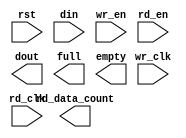
module vfifo64x1024(
  rst,
  wr_clk,
  rd_clk,
  din,
  wr_en,
  rd_en,
  dout,
  full,
  empty,
  rd_data_count
);

input rst;
input wr_clk;
input rd_clk;
input [63 : 0] din;
input wr_en;
input rd_en;
output [63 : 0] dout;
output full;
output empty;
output [10 : 0] rd_data_count;

// synthesis translate_off

  FIFO_GENERATOR_V9_3 #(
    .C_ADD_NGC_CONSTRAINT(0),
    .C_APPLICATION_TYPE_AXIS(0),
    .C_APPLICATION_TYPE_RACH(0),
    .C_APPLICATION_TYPE_RDCH(0),
    .C_APPLICATION_TYPE_WACH(0),
    .C_APPLICATION_TYPE_WDCH(0),
    .C_APPLICATION_TYPE_WRCH(0),
    .C_AXI_ADDR_WIDTH(32),
    .C_AXI_ARUSER_WIDTH(1),
    .C_AXI_AWUSER_WIDTH(1),
    .C_AXI_BUSER_WIDTH(1),
    .C_AXI_DATA_WIDTH(64),
    .C_AXI_ID_WIDTH(4),
    .C_AXI_RUSER_WIDTH(1),
    .C_AXI_TYPE(0),
    .C_AXI_WUSER_WIDTH(1),
    .C_AXIS_TDATA_WIDTH(64),
    .C_AXIS_TDEST_WIDTH(4),
    .C_AXIS_TID_WIDTH(8),
    .C_AXIS_TKEEP_WIDTH(4),
    .C_AXIS_TSTRB_WIDTH(4),
    .C_AXIS_TUSER_WIDTH(4),
    .C_AXIS_TYPE(0),
    .C_COMMON_CLOCK(0),
    .C_COUNT_TYPE(0),
    .C_DATA_COUNT_WIDTH(10),
    .C_DEFAULT_VALUE("BlankString"),
    .C_DIN_WIDTH(64),
    .C_DIN_WIDTH_AXIS(1),
    .C_DIN_WIDTH_RACH(32),
    .C_DIN_WIDTH_RDCH(64),
    .C_DIN_WIDTH_WACH(32),
    .C_DIN_WIDTH_WDCH(64),
    .C_DIN_WIDTH_WRCH(2),
    .C_DOUT_RST_VAL("0"),
    .C_DOUT_WIDTH(64),
    .C_ENABLE_RLOCS(0),
    .C_ENABLE_RST_SYNC(1),
    .C_ERROR_INJECTION_TYPE(0),
    .C_ERROR_INJECTION_TYPE_AXIS(0),
    .C_ERROR_INJECTION_TYPE_RACH(0),
    .C_ERROR_INJECTION_TYPE_RDCH(0),
    .C_ERROR_INJECTION_TYPE_WACH(0),
    .C_ERROR_INJECTION_TYPE_WDCH(0),
    .C_ERROR_INJECTION_TYPE_WRCH(0),
    .C_FAMILY("zynq"),
    .C_FULL_FLAGS_RST_VAL(1),
    .C_HAS_ALMOST_EMPTY(0),
    .C_HAS_ALMOST_FULL(0),
    .C_HAS_AXI_ARUSER(0),
    .C_HAS_AXI_AWUSER(0),
    .C_HAS_AXI_BUSER(0),
    .C_HAS_AXI_RD_CHANNEL(0),
    .C_HAS_AXI_RUSER(0),
    .C_HAS_AXI_WR_CHANNEL(0),
    .C_HAS_AXI_WUSER(0),
    .C_HAS_AXIS_TDATA(0),
    .C_HAS_AXIS_TDEST(0),
    .C_HAS_AXIS_TID(0),
    .C_HAS_AXIS_TKEEP(0),
    .C_HAS_AXIS_TLAST(0),
    .C_HAS_AXIS_TREADY(1),
    .C_HAS_AXIS_TSTRB(0),
    .C_HAS_AXIS_TUSER(0),
    .C_HAS_BACKUP(0),
    .C_HAS_DATA_COUNT(0),
    .C_HAS_DATA_COUNTS_AXIS(0),
    .C_HAS_DATA_COUNTS_RACH(0),
    .C_HAS_DATA_COUNTS_RDCH(0),
    .C_HAS_DATA_COUNTS_WACH(0),
    .C_HAS_DATA_COUNTS_WDCH(0),
    .C_HAS_DATA_COUNTS_WRCH(0),
    .C_HAS_INT_CLK(0),
    .C_HAS_MASTER_CE(0),
    .C_HAS_MEMINIT_FILE(0),
    .C_HAS_OVERFLOW(0),
    .C_HAS_PROG_FLAGS_AXIS(0),
    .C_HAS_PROG_FLAGS_RACH(0),
    .C_HAS_PROG_FLAGS_RDCH(0),
    .C_HAS_PROG_FLAGS_WACH(0),
    .C_HAS_PROG_FLAGS_WDCH(0),
    .C_HAS_PROG_FLAGS_WRCH(0),
    .C_HAS_RD_DATA_COUNT(1),
    .C_HAS_RD_RST(0),
    .C_HAS_RST(1),
    .C_HAS_SLAVE_CE(0),
    .C_HAS_SRST(0),
    .C_HAS_UNDERFLOW(0),
    .C_HAS_VALID(0),
    .C_HAS_WR_ACK(0),
    .C_HAS_WR_DATA_COUNT(0),
    .C_HAS_WR_RST(0),
    .C_IMPLEMENTATION_TYPE(2),
    .C_IMPLEMENTATION_TYPE_AXIS(1),
    .C_IMPLEMENTATION_TYPE_RACH(1),
    .C_IMPLEMENTATION_TYPE_RDCH(1),
    .C_IMPLEMENTATION_TYPE_WACH(1),
    .C_IMPLEMENTATION_TYPE_WDCH(1),
    .C_IMPLEMENTATION_TYPE_WRCH(1),
    .C_INIT_WR_PNTR_VAL(0),
    .C_INTERFACE_TYPE(0),
    .C_MEMORY_TYPE(1),
    .C_MIF_FILE_NAME("BlankString"),
    .C_MSGON_VAL(1),
    .C_OPTIMIZATION_MODE(0),
    .C_OVERFLOW_LOW(0),
    .C_PRELOAD_LATENCY(0),
    .C_PRELOAD_REGS(1),
    .C_PRIM_FIFO_TYPE("1kx36"),
    .C_PROG_EMPTY_THRESH_ASSERT_VAL(4),
    .C_PROG_EMPTY_THRESH_ASSERT_VAL_AXIS(1022),
    .C_PROG_EMPTY_THRESH_ASSERT_VAL_RACH(1022),
    .C_PROG_EMPTY_THRESH_ASSERT_VAL_RDCH(1022),
    .C_PROG_EMPTY_THRESH_ASSERT_VAL_WACH(1022),
    .C_PROG_EMPTY_THRESH_ASSERT_VAL_WDCH(1022),
    .C_PROG_EMPTY_THRESH_ASSERT_VAL_WRCH(1022),
    .C_PROG_EMPTY_THRESH_NEGATE_VAL(5),
    .C_PROG_EMPTY_TYPE(0),
    .C_PROG_EMPTY_TYPE_AXIS(0),
    .C_PROG_EMPTY_TYPE_RACH(0),
    .C_PROG_EMPTY_TYPE_RDCH(0),
    .C_PROG_EMPTY_TYPE_WACH(0),
    .C_PROG_EMPTY_TYPE_WDCH(0),
    .C_PROG_EMPTY_TYPE_WRCH(0),
    .C_PROG_FULL_THRESH_ASSERT_VAL(1023),
    .C_PROG_FULL_THRESH_ASSERT_VAL_AXIS(1023),
    .C_PROG_FULL_THRESH_ASSERT_VAL_RACH(1023),
    .C_PROG_FULL_THRESH_ASSERT_VAL_RDCH(1023),
    .C_PROG_FULL_THRESH_ASSERT_VAL_WACH(1023),
    .C_PROG_FULL_THRESH_ASSERT_VAL_WDCH(1023),
    .C_PROG_FULL_THRESH_ASSERT_VAL_WRCH(1023),
    .C_PROG_FULL_THRESH_NEGATE_VAL(1022),
    .C_PROG_FULL_TYPE(0),
    .C_PROG_FULL_TYPE_AXIS(0),
    .C_PROG_FULL_TYPE_RACH(0),
    .C_PROG_FULL_TYPE_RDCH(0),
    .C_PROG_FULL_TYPE_WACH(0),
    .C_PROG_FULL_TYPE_WDCH(0),
    .C_PROG_FULL_TYPE_WRCH(0),
    .C_RACH_TYPE(0),
    .C_RD_DATA_COUNT_WIDTH(11),
    .C_RD_DEPTH(1024),
    .C_RD_FREQ(1),
    .C_RD_PNTR_WIDTH(10),
    .C_RDCH_TYPE(0),
    .C_REG_SLICE_MODE_AXIS(0),
    .C_REG_SLICE_MODE_RACH(0),
    .C_REG_SLICE_MODE_RDCH(0),
    .C_REG_SLICE_MODE_WACH(0),
    .C_REG_SLICE_MODE_WDCH(0),
    .C_REG_SLICE_MODE_WRCH(0),
    .C_SYNCHRONIZER_STAGE(2),
    .C_UNDERFLOW_LOW(0),
    .C_USE_COMMON_OVERFLOW(0),
    .C_USE_COMMON_UNDERFLOW(0),
    .C_USE_DEFAULT_SETTINGS(0),
    .C_USE_DOUT_RST(0),
    .C_USE_ECC(0),
    .C_USE_ECC_AXIS(0),
    .C_USE_ECC_RACH(0),
    .C_USE_ECC_RDCH(0),
    .C_USE_ECC_WACH(0),
    .C_USE_ECC_WDCH(0),
    .C_USE_ECC_WRCH(0),
    .C_USE_EMBEDDED_REG(0),
    .C_USE_FIFO16_FLAGS(0),
    .C_USE_FWFT_DATA_COUNT(1),
    .C_VALID_LOW(0),
    .C_WACH_TYPE(0),
    .C_WDCH_TYPE(0),
    .C_WR_ACK_LOW(0),
    .C_WR_DATA_COUNT_WIDTH(11),
    .C_WR_DEPTH(1024),
    .C_WR_DEPTH_AXIS(1024),
    .C_WR_DEPTH_RACH(16),
    .C_WR_DEPTH_RDCH(1024),
    .C_WR_DEPTH_WACH(16),
    .C_WR_DEPTH_WDCH(1024),
    .C_WR_DEPTH_WRCH(16),
    .C_WR_FREQ(1),
    .C_WR_PNTR_WIDTH(10),
    .C_WR_PNTR_WIDTH_AXIS(10),
    .C_WR_PNTR_WIDTH_RACH(4),
    .C_WR_PNTR_WIDTH_RDCH(10),
    .C_WR_PNTR_WIDTH_WACH(4),
    .C_WR_PNTR_WIDTH_WDCH(10),
    .C_WR_PNTR_WIDTH_WRCH(4),
    .C_WR_RESPONSE_LATENCY(1),
    .C_WRCH_TYPE(0)
  )
  inst (
    .RST(rst),
    .WR_CLK(wr_clk),
    .RD_CLK(rd_clk),
    .DIN(din),
    .WR_EN(wr_en),
    .RD_EN(rd_en),
    .DOUT(dout),
    .FULL(full),
    .EMPTY(empty),
    .RD_DATA_COUNT(rd_data_count),
    .BACKUP(),
    .BACKUP_MARKER(),
    .CLK(),
    .SRST(),
    .WR_RST(),
    .RD_RST(),
    .PROG_EMPTY_THRESH(),
    .PROG_EMPTY_THRESH_ASSERT(),
    .PROG_EMPTY_THRESH_NEGATE(),
    .PROG_FULL_THRESH(),
    .PROG_FULL_THRESH_ASSERT(),
    .PROG_FULL_THRESH_NEGATE(),
    .INT_CLK(),
    .INJECTDBITERR(),
    .INJECTSBITERR(),
    .ALMOST_FULL(),
    .WR_ACK(),
    .OVERFLOW(),
    .ALMOST_EMPTY(),
    .VALID(),
    .UNDERFLOW(),
    .DATA_COUNT(),
    .WR_DATA_COUNT(),
    .PROG_FULL(),
    .PROG_EMPTY(),
    .SBITERR(),
    .DBITERR(),
    .M_ACLK(),
    .S_ACLK(),
    .S_ARESETN(),
    .M_ACLK_EN(),
    .S_ACLK_EN(),
    .S_AXI_AWID(),
    .S_AXI_AWADDR(),
    .S_AXI_AWLEN(),
    .S_AXI_AWSIZE(),
    .S_AXI_AWBURST(),
    .S_AXI_AWLOCK(),
    .S_AXI_AWCACHE(),
    .S_AXI_AWPROT(),
    .S_AXI_AWQOS(),
    .S_AXI_AWREGION(),
    .S_AXI_AWUSER(),
    .S_AXI_AWVALID(),
    .S_AXI_AWREADY(),
    .S_AXI_WID(),
    .S_AXI_WDATA(),
    .S_AXI_WSTRB(),
    .S_AXI_WLAST(),
    .S_AXI_WUSER(),
    .S_AXI_WVALID(),
    .S_AXI_WREADY(),
    .S_AXI_BID(),
    .S_AXI_BRESP(),
    .S_AXI_BUSER(),
    .S_AXI_BVALID(),
    .S_AXI_BREADY(),
    .M_AXI_AWID(),
    .M_AXI_AWADDR(),
    .M_AXI_AWLEN(),
    .M_AXI_AWSIZE(),
    .M_AXI_AWBURST(),
    .M_AXI_AWLOCK(),
    .M_AXI_AWCACHE(),
    .M_AXI_AWPROT(),
    .M_AXI_AWQOS(),
    .M_AXI_AWREGION(),
    .M_AXI_AWUSER(),
    .M_AXI_AWVALID(),
    .M_AXI_AWREADY(),
    .M_AXI_WID(),
    .M_AXI_WDATA(),
    .M_AXI_WSTRB(),
    .M_AXI_WLAST(),
    .M_AXI_WUSER(),
    .M_AXI_WVALID(),
    .M_AXI_WREADY(),
    .M_AXI_BID(),
    .M_AXI_BRESP(),
    .M_AXI_BUSER(),
    .M_AXI_BVALID(),
    .M_AXI_BREADY(),
    .S_AXI_ARID(),
    .S_AXI_ARADDR(),
    .S_AXI_ARLEN(),
    .S_AXI_ARSIZE(),
    .S_AXI_ARBURST(),
    .S_AXI_ARLOCK(),
    .S_AXI_ARCACHE(),
    .S_AXI_ARPROT(),
    .S_AXI_ARQOS(),
    .S_AXI_ARREGION(),
    .S_AXI_ARUSER(),
    .S_AXI_ARVALID(),
    .S_AXI_ARREADY(),
    .S_AXI_RID(),
    .S_AXI_RDATA(),
    .S_AXI_RRESP(),
    .S_AXI_RLAST(),
    .S_AXI_RUSER(),
    .S_AXI_RVALID(),
    .S_AXI_RREADY(),
    .M_AXI_ARID(),
    .M_AXI_ARADDR(),
    .M_AXI_ARLEN(),
    .M_AXI_ARSIZE(),
    .M_AXI_ARBURST(),
    .M_AXI_ARLOCK(),
    .M_AXI_ARCACHE(),
    .M_AXI_ARPROT(),
    .M_AXI_ARQOS(),
    .M_AXI_ARREGION(),
    .M_AXI_ARUSER(),
    .M_AXI_ARVALID(),
    .M_AXI_ARREADY(),
    .M_AXI_RID(),
    .M_AXI_RDATA(),
    .M_AXI_RRESP(),
    .M_AXI_RLAST(),
    .M_AXI_RUSER(),
    .M_AXI_RVALID(),
    .M_AXI_RREADY(),
    .S_AXIS_TVALID(),
    .S_AXIS_TREADY(),
    .S_AXIS_TDATA(),
    .S_AXIS_TSTRB(),
    .S_AXIS_TKEEP(),
    .S_AXIS_TLAST(),
    .S_AXIS_TID(),
    .S_AXIS_TDEST(),
    .S_AXIS_TUSER(),
    .M_AXIS_TVALID(),
    .M_AXIS_TREADY(),
    .M_AXIS_TDATA(),
    .M_AXIS_TSTRB(),
    .M_AXIS_TKEEP(),
    .M_AXIS_TLAST(),
    .M_AXIS_TID(),
    .M_AXIS_TDEST(),
    .M_AXIS_TUSER(),
    .AXI_AW_INJECTSBITERR(),
    .AXI_AW_INJECTDBITERR(),
    .AXI_AW_PROG_FULL_THRESH(),
    .AXI_AW_PROG_EMPTY_THRESH(),
    .AXI_AW_DATA_COUNT(),
    .AXI_AW_WR_DATA_COUNT(),
    .AXI_AW_RD_DATA_COUNT(),
    .AXI_AW_SBITERR(),
    .AXI_AW_DBITERR(),
    .AXI_AW_OVERFLOW(),
    .AXI_AW_UNDERFLOW(),
    .AXI_AW_PROG_FULL(),
    .AXI_AW_PROG_EMPTY(),
    .AXI_W_INJECTSBITERR(),
    .AXI_W_INJECTDBITERR(),
    .AXI_W_PROG_FULL_THRESH(),
    .AXI_W_PROG_EMPTY_THRESH(),
    .AXI_W_DATA_COUNT(),
    .AXI_W_WR_DATA_COUNT(),
    .AXI_W_RD_DATA_COUNT(),
    .AXI_W_SBITERR(),
    .AXI_W_DBITERR(),
    .AXI_W_OVERFLOW(),
    .AXI_W_UNDERFLOW(),
    .AXI_B_INJECTSBITERR(),
    .AXI_W_PROG_FULL(),
    .AXI_W_PROG_EMPTY(),
    .AXI_B_INJECTDBITERR(),
    .AXI_B_PROG_FULL_THRESH(),
    .AXI_B_PROG_EMPTY_THRESH(),
    .AXI_B_DATA_COUNT(),
    .AXI_B_WR_DATA_COUNT(),
    .AXI_B_RD_DATA_COUNT(),
    .AXI_B_SBITERR(),
    .AXI_B_DBITERR(),
    .AXI_B_OVERFLOW(),
    .AXI_B_UNDERFLOW(),
    .AXI_AR_INJECTSBITERR(),
    .AXI_B_PROG_FULL(),
    .AXI_B_PROG_EMPTY(),
    .AXI_AR_INJECTDBITERR(),
    .AXI_AR_PROG_FULL_THRESH(),
    .AXI_AR_PROG_EMPTY_THRESH(),
    .AXI_AR_DATA_COUNT(),
    .AXI_AR_WR_DATA_COUNT(),
    .AXI_AR_RD_DATA_COUNT(),
    .AXI_AR_SBITERR(),
    .AXI_AR_DBITERR(),
    .AXI_AR_OVERFLOW(),
    .AXI_AR_UNDERFLOW(),
    .AXI_AR_PROG_FULL(),
    .AXI_AR_PROG_EMPTY(),
    .AXI_R_INJECTSBITERR(),
    .AXI_R_INJECTDBITERR(),
    .AXI_R_PROG_FULL_THRESH(),
    .AXI_R_PROG_EMPTY_THRESH(),
    .AXI_R_DATA_COUNT(),
    .AXI_R_WR_DATA_COUNT(),
    .AXI_R_RD_DATA_COUNT(),
    .AXI_R_SBITERR(),
    .AXI_R_DBITERR(),
    .AXI_R_OVERFLOW(),
    .AXI_R_UNDERFLOW(),
    .AXIS_INJECTSBITERR(),
    .AXI_R_PROG_FULL(),
    .AXI_R_PROG_EMPTY(),
    .AXIS_INJECTDBITERR(),
    .AXIS_PROG_FULL_THRESH(),
    .AXIS_PROG_EMPTY_THRESH(),
    .AXIS_DATA_COUNT(),
    .AXIS_WR_DATA_COUNT(),
    .AXIS_RD_DATA_COUNT(),
    .AXIS_SBITERR(),
    .AXIS_DBITERR(),
    .AXIS_OVERFLOW(),
    .AXIS_UNDERFLOW(),
    .AXIS_PROG_FULL(),
    .AXIS_PROG_EMPTY()
  );

// synthesis translate_on

endmodule